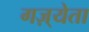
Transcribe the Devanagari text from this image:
गज़्येता